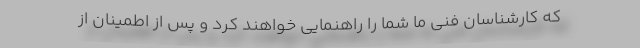
که کارشناسان فنی ما شما را راهنمایی خواهند کرد و پس از اطمینان از